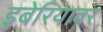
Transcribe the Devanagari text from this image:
इबेरियावर